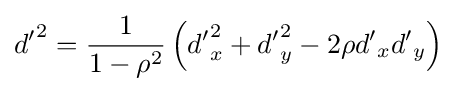
{d'}^{2}={\frac {1}{1-\rho ^{2}}}\left({d'}_{x}^{2}+{d'}_{y}^{2}-2\rho {d'}_{x}{d'}_{y}\right)